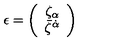
\epsilon = \left( \begin{array} { c } { { \zeta } _ { \alpha } } \\ { { \bar { \zeta } } ^ { \dot { \alpha } } } \\ \end{array} \right)